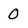
Character: 0